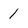
Character: 1